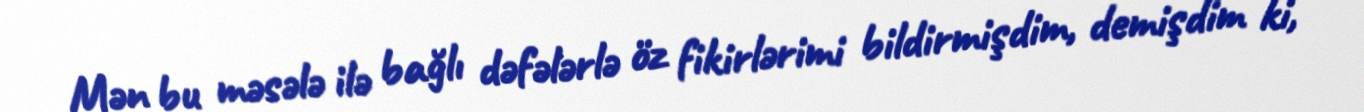
Mən bu məsələ ilə bağlı dəfələrlə öz fikirlərimi bildirmişdim, demişdim ki,